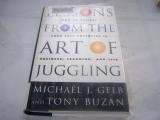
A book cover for Lessons From The Art Of Juggling: How to Achieve Your Full Potential in Business, Learning, and Life; Michael J. Gelb; Sports & Outdoors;